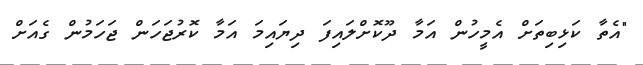
"އެތާ ކަޅިބިތަށް އެމީހުން އަމާ ދޫކޮށްލައިފަ ދިޔައިމަ އަމާ ކޮރުޖަހަން ޖަހަމުން ގެއަށް